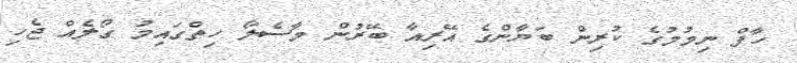
ހާފް ނިމުމުގެ ކުރިން ބަޔާންގެ އޭރިއާ ބޭރުން މާސެލޯ ހިތްގައިމު ގޯލެއް ޖެހި